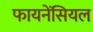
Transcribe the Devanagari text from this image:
फायनेंसियल